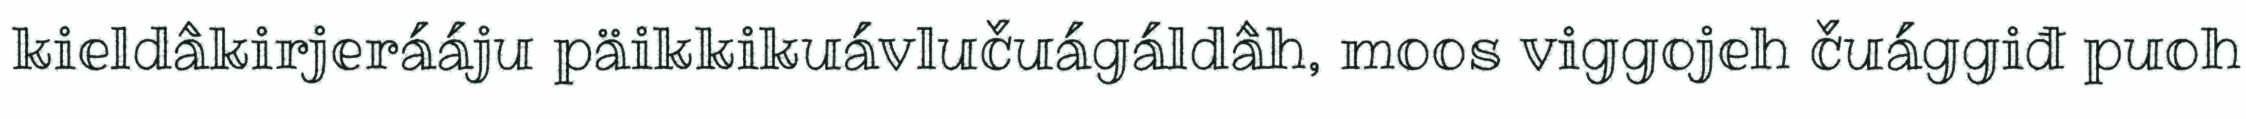
kieldâkirjerááju päikkikuávlučuágáldâh, moos viggojeh čuággiđ puoh